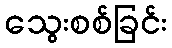
သွေးစစ်ခြင်း